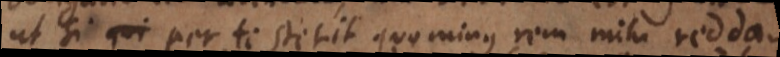
ut si per te stetit quo minus rem mihi reddas,